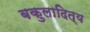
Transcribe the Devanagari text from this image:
बकुलादित्य